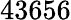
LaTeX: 43656